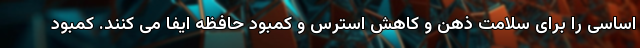
اساسی را برای سلامت ذهن و کاهش استرس و کمبود حافظه ایفا می کنند. کمبود